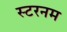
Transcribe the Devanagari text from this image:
स्टरनम